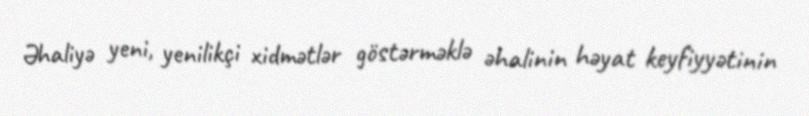
Əhaliyə yeni, yenilikçi xidmətlər göstərməklə əhalinin həyat keyfiyyətinin